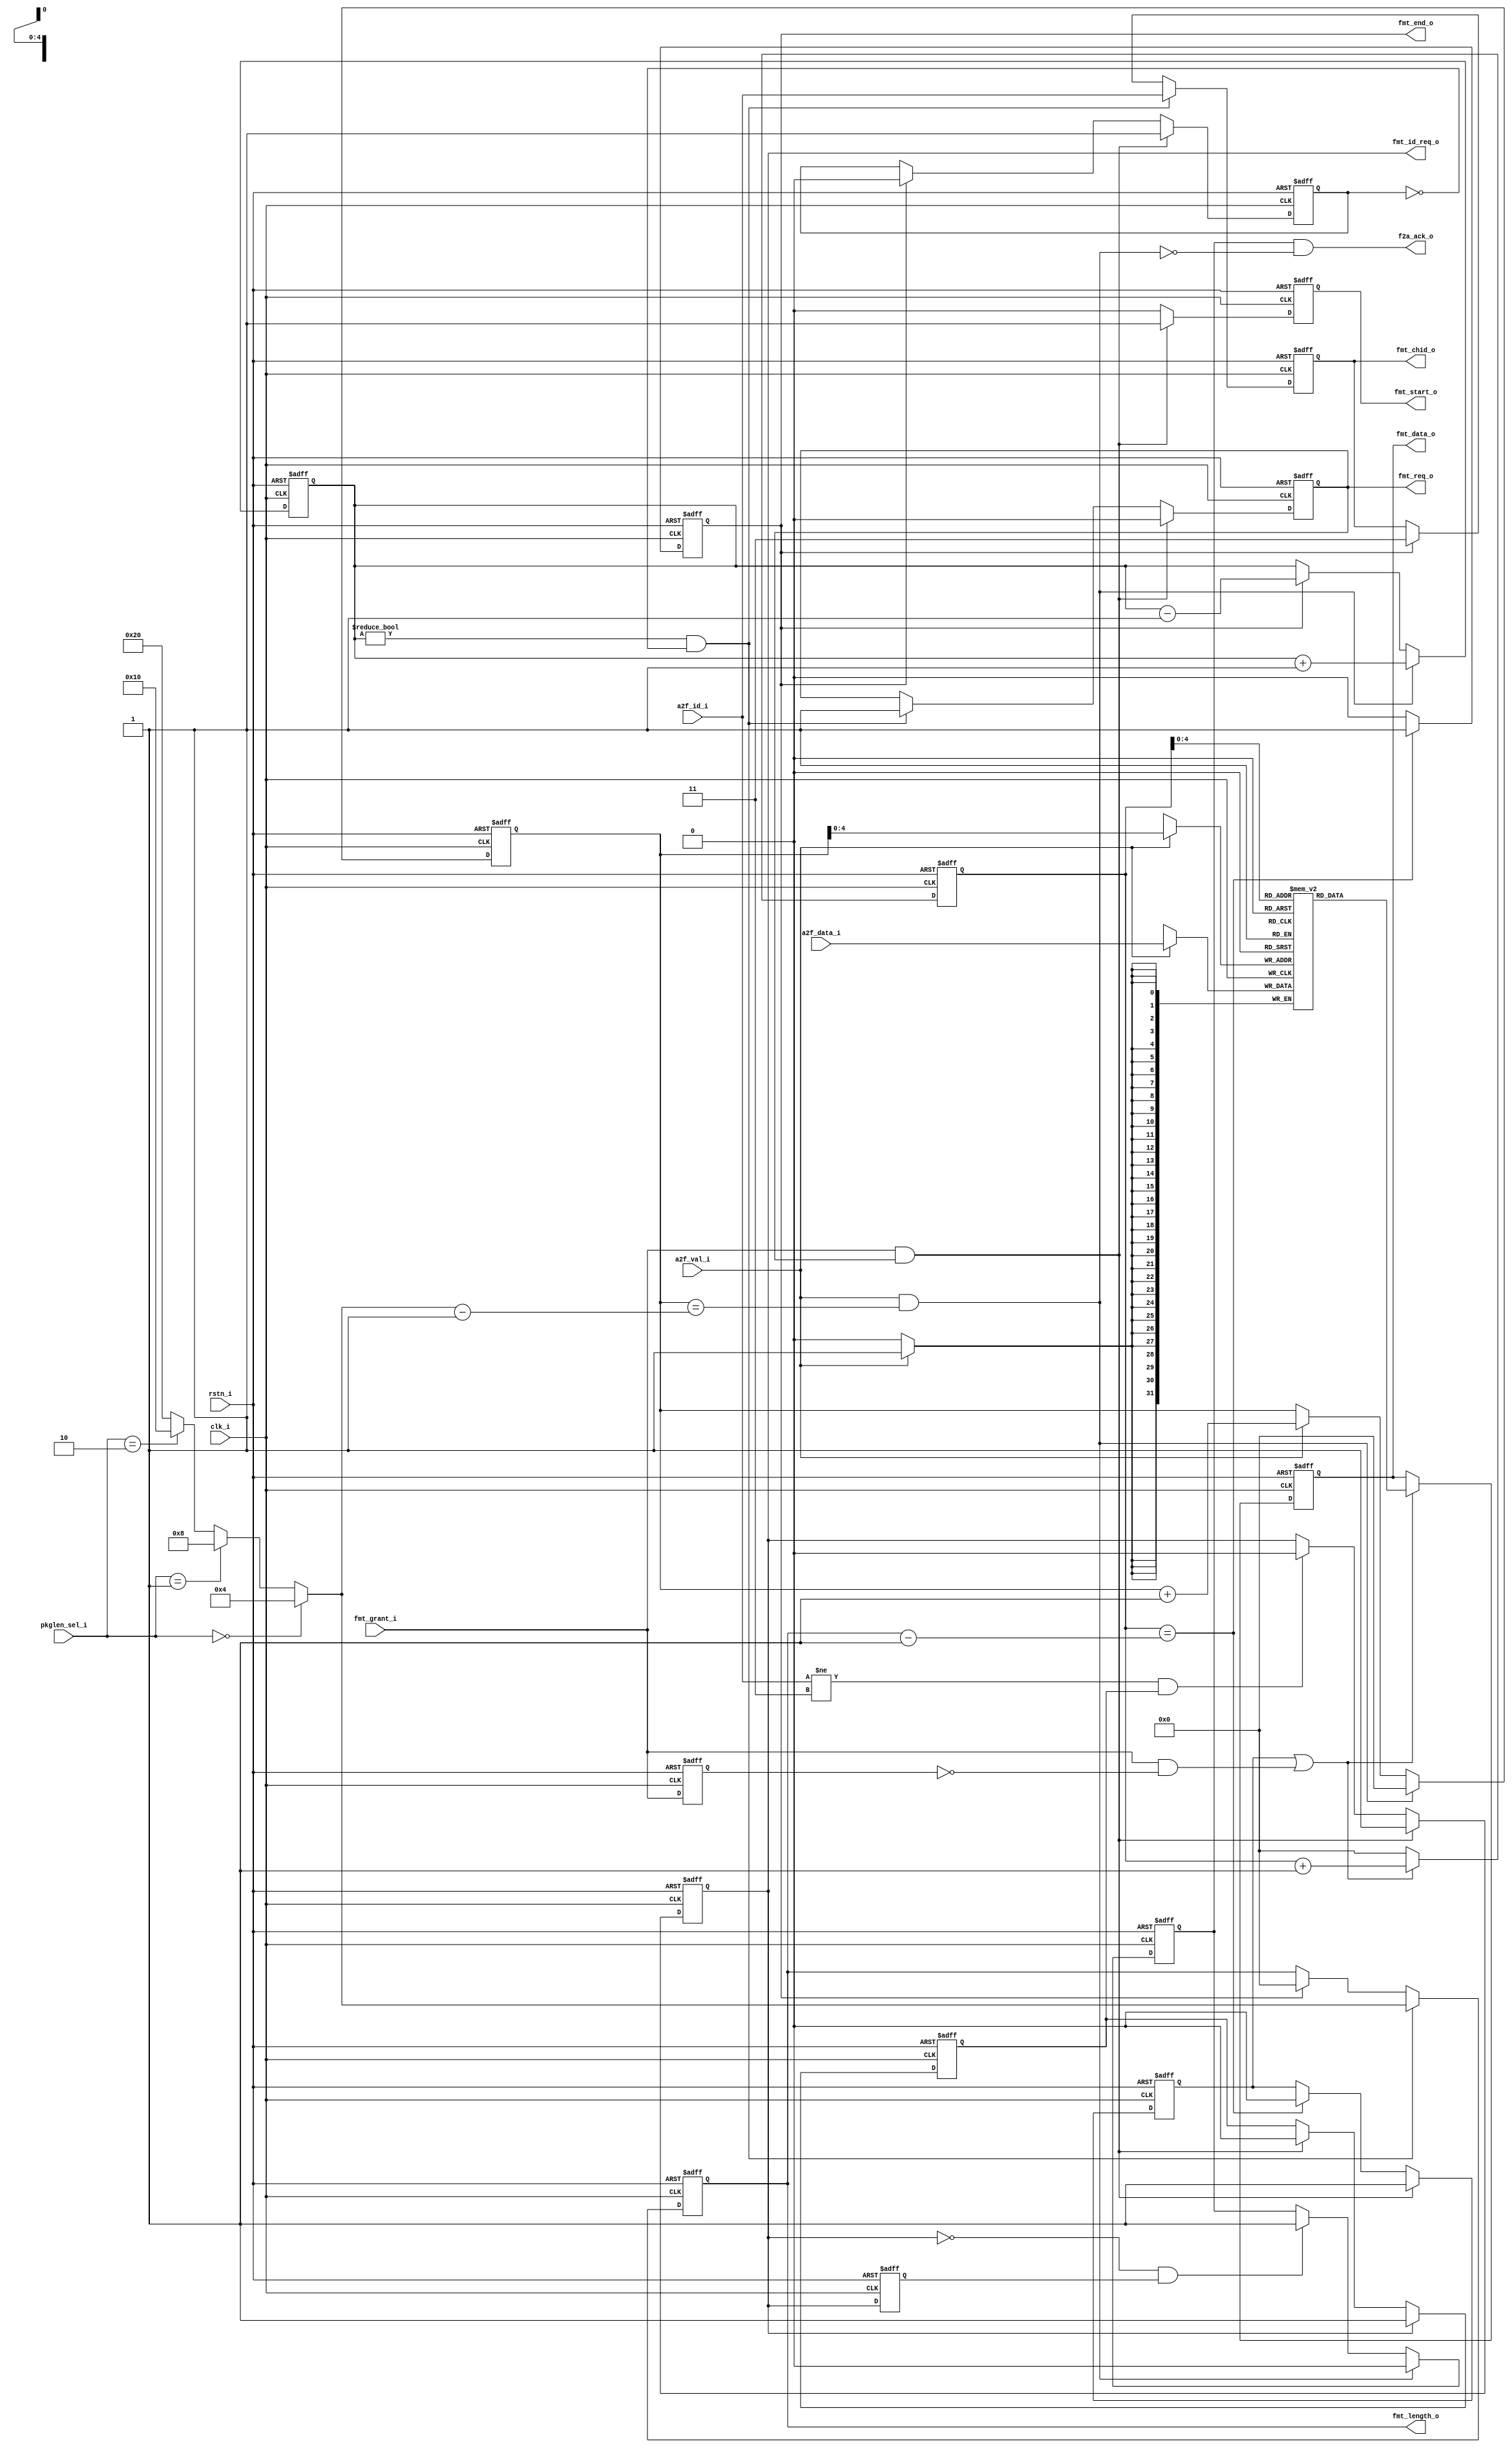
module formatter(
        input           clk_i           ,       // ---system  ---
        input           rstn_i          ,

        output          f2a_ack_o       ,       // ---arbiter ---
        output          fmt_id_req_o    ,
        input           a2f_val_i       ,
        input   [1:0]   a2f_id_i        ,
        input   [31:0]  a2f_data_i      ,
        input   [2:0]   pkglen_sel_i    ,

        output          fmt_req_o       ,       // ---outside ---
        input           fmt_grant_i     ,

        output  [1:0]   fmt_chid_o      ,
        output  [5:0]   fmt_length_o    ,
        output  [31:0]  fmt_data_o      ,
        output          fmt_start_o     ,
        output          fmt_end_o        
    );

    reg [31:0]  mem [31:0];

    reg [5:0]   pkglen          ;
    reg [5:0]   pkglen_out      ;
    assign pkglen_out = fmt_length_o;
    reg [5:0]   pkg_count       ;

    reg [5:0]   recv_count      ;

    reg         f2a_ack_r       ;
    reg         fmt_id_req_r    ;
    reg         fmt_id_req_r2   ;
    reg         fmt_id_req_neg   ;
    always @(posedge clk_i or negedge rstn_i) begin
        if(!rstn_i)
            fmt_id_req_r2 <= 1'b0;
        else
            fmt_id_req_r2 <= fmt_id_req_r;
    end
    assign fmt_id_req_neg = !fmt_id_req_r && fmt_id_req_r2;
    
    assign f2a_ack_o = f2a_ack_r && !(a2f_val_i && recv_count == pkglen - 1'b1);
    assign fmt_id_req_o = fmt_id_req_r;


    reg         id_req_r;
    always @(posedge clk_i or negedge rstn_i) begin
        if(!rstn_i)
            id_req_r <= 1'b0;
        else if(fmt_id_req_r)
            id_req_r <= 1'b1;
        else if(fmt_grant_i && fmt_req_r)
            id_req_r <= 1'b0;
    end    
    reg         fmt_req_r       ;
    reg [1:0]   fmt_chid_r      ;
    reg [5:0]   fmt_length_r    ;
    reg [31:0]  fmt_data_r      ;
    reg         fmt_start_r     ;
    reg         fmt_end_r       ;
    
    assign fmt_req_o    = fmt_req_r       ;
    assign fmt_chid_o   = fmt_chid_r      ;
    assign fmt_length_o = fmt_length_r    ;
    assign fmt_data_o   = fmt_data_r      ;
    assign fmt_start_o  = fmt_start_r     ;
    assign fmt_end_o    = fmt_end_r       ;

    reg         sending_flag    ;
    reg [1:0]   ram_status      ;
    reg         fmt_rd_en       ;
    wire        ram_rd_en       ;

    reg         fmt_grant_r     ;
    wire        fmt_grant_pos   ;

    always @(posedge clk_i or negedge rstn_i) begin
        if(!rstn_i)
            fmt_grant_r <= 1'b0;
        else
            fmt_grant_r <= fmt_grant_i;
    end
    assign fmt_grant_pos = fmt_grant_i && !fmt_grant_r;
    assign ram_rd_en = fmt_rd_en | fmt_grant_pos;
    always @(posedge clk_i or negedge rstn_i) begin
        if (!rstn_i)
            fmt_data_r <= 32'b0;
        else if(ram_rd_en)
            fmt_data_r <= mem[pkg_count];
    end 

    always @(posedge clk_i) begin
        if(a2f_val_i)
            mem[recv_count] <= a2f_data_i;
    end

    always @(*) begin
        if(pkglen_sel_i == 3'd0)        pkglen = 6'd4;
        else if(pkglen_sel_i == 3'd1)   pkglen = 6'd8;
        else if(pkglen_sel_i == 3'd2)   pkglen = 6'd16;
        else if(pkglen_sel_i == 3'd3)   pkglen = 6'd32;
        else                            pkglen = 6'd32;
    end

    always @(posedge clk_i or negedge rstn_i) begin
        if(!rstn_i)
            pkg_count <= 6'b0;
        else if(ram_rd_en)
            pkg_count <= pkg_count + 1'b1;
        else
            pkg_count <= 6'b0; // it must be continuous
    end
   
    always @(posedge clk_i or negedge rstn_i) begin
        if(!rstn_i)
            recv_count <= 6'b0;
        else if(a2f_val_i && recv_count == pkglen - 1'b1)
            recv_count <= 6'b0;
        else if(a2f_val_i)
            recv_count <= recv_count + 1'b1;
    end

    always @(posedge clk_i or negedge rstn_i) begin
        if(!rstn_i)
            fmt_id_req_r <= 1'b1;
        else if(fmt_grant_i && fmt_req_r)
            fmt_id_req_r <= 1'b1;
        else if(a2f_id_i != 2'd3 && id_req_r)
            fmt_id_req_r <= 1'b0;
    end

    always @(posedge clk_i or negedge rstn_i) begin
        if(!rstn_i)
            f2a_ack_r <= 1'b0;
        else if(a2f_val_i && recv_count == pkglen - 1'b1)
            f2a_ack_r <= 1'b0;
        // else if(fmt_grant_i && fmt_req_r)
        //     f2a_ack_r <= 1'b1;
        else if(fmt_id_req_neg)
            f2a_ack_r <= 1'b1;
    end

    always @(posedge clk_i or negedge rstn_i) begin
        if(!rstn_i)
            ram_status <= 2'b0;
        else if(a2f_val_i && recv_count == pkglen - 1'b1)
            ram_status <= ram_status + 1'b1;
        else if(fmt_end_r)
            ram_status <= ram_status - 1'b1;
    end

    always @(posedge clk_i or negedge rstn_i) begin
        if(!rstn_i)
            fmt_req_r <= 1'b0;
        else if(fmt_grant_i && fmt_req_r)
            fmt_req_r <= 1'b0;
        else if(ram_status != 2'b0 && !sending_flag)
            fmt_req_r <= 1'b1;
    end

    always @(posedge clk_i or negedge rstn_i) begin
        if(!rstn_i)
            sending_flag <= 1'b0;
        else if(fmt_grant_i && fmt_req_r)
            sending_flag <= 1'b1;
        else if(fmt_end_r)
            sending_flag <= 1'b0;
    end

    always @(posedge clk_i or negedge rstn_i) begin
        if(!rstn_i) begin
            fmt_chid_r = 2'd3;
            fmt_length_r = 6'd0;
        end
        else if(ram_status != 2'b0 && !sending_flag) begin
            fmt_chid_r = a2f_id_i;
            fmt_length_r = pkglen;
        end
        else if(fmt_end_r)begin
            fmt_chid_r = 2'd3;
            fmt_length_r = 6'd0;
        end
    end

    always @(posedge clk_i or negedge rstn_i) begin
        if(!rstn_i)
            fmt_start_r <= 1'b0;
        else if(fmt_grant_i && fmt_req_r)
            fmt_start_r <= 1'b1;
        else
            fmt_start_r <= 1'b0;
    end

    always @(posedge clk_i or negedge rstn_i) begin
        if(!rstn_i)
            fmt_rd_en <= 1'b0;
        else if(fmt_grant_i && fmt_req_r)
            fmt_rd_en <= 1'b1;
        else if(pkg_count == pkglen_out - 1'b1)
            fmt_rd_en <= 1'b0;
    end

    always @(posedge clk_i or negedge rstn_i) begin
        if(!rstn_i)
            fmt_end_r <= 1'b0;
        else if(pkg_count == pkglen_out - 1'b1)
            fmt_end_r <= 1'b1;
        else
            fmt_end_r <= 1'b0;
    end

endmodule